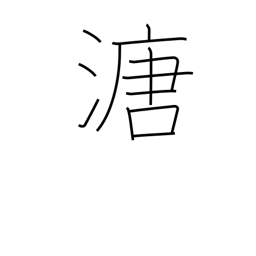
Meaning: mud